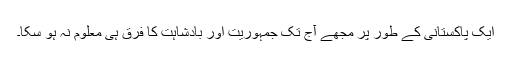
ایک پاکستانی کے طور پر مجھے آج تک جمہوریت اور بادشاہت کا فرق ہی معلوم نہ ہو سکا۔